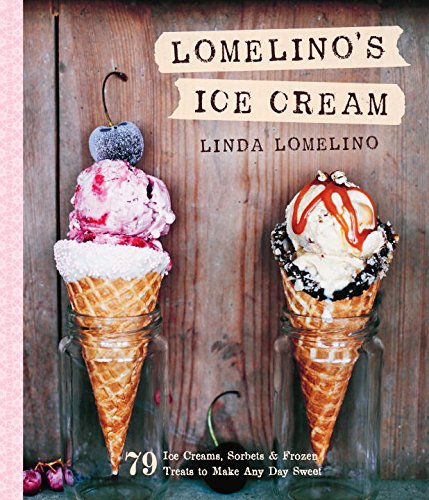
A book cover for Lomelino's Ice Cream: 79 Ice Creams, Sorbets, and Frozen Treats to Make Any Day Sweet; Linda Lomelino; Cookbooks, Food & Wine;